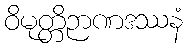
ဝိမုတ္တိဉာဏဒဿနံ